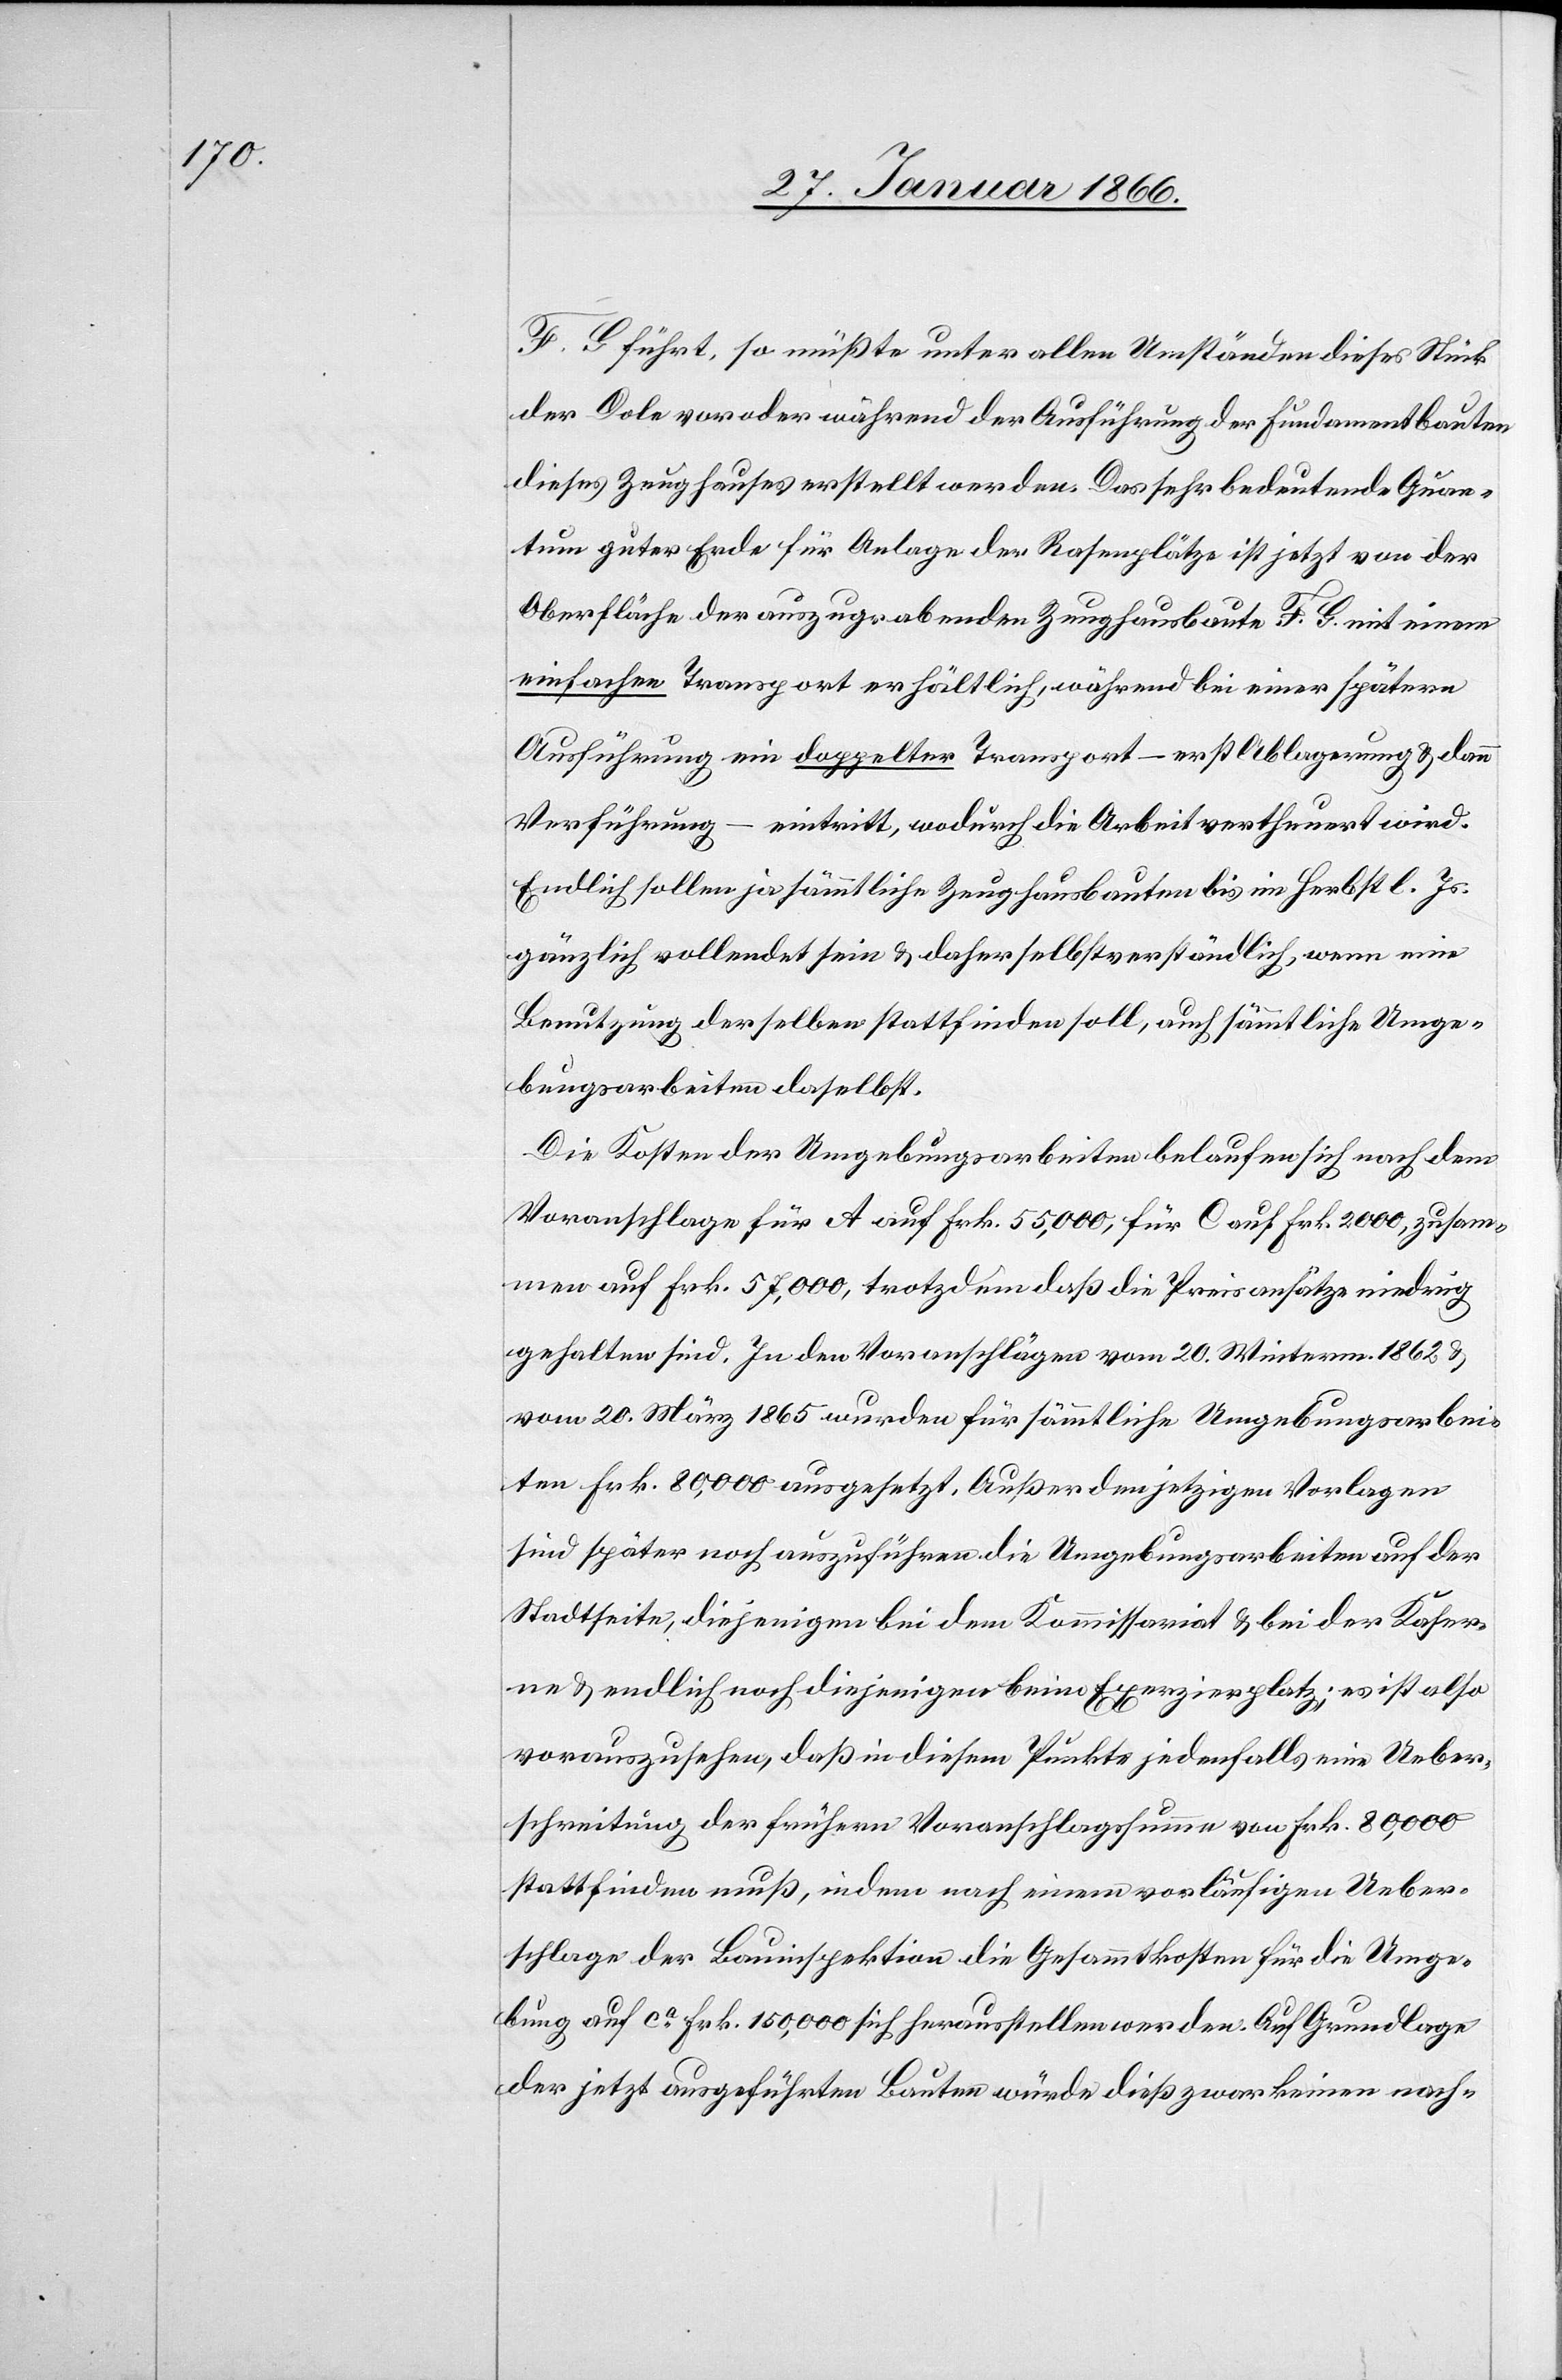
F. G. führt, so müßte unter allen Umständen dieses Stück
der Dole vor oder während der Ausführung der Fundamentbauten
dieses Zeughauses erstellt werden. Das sehr bedeutende Quan¬
tum guter Erde für Anlage der Rasenplätze ist jetzt von der
Oberfläche der auszugrabenden Zeughausbaute F. G. mit einem
einfachen Transport erhältlich, während bei einer spätern
Ausführung ein doppelter Transport – erst Ablagerung u. dann
Verführung – eintritt, wodurch die Arbeit vertheuert wird.
Endlich sollen ja sämmtliche Zeughausbauten bis im Herbst l. Js.
gänzlich vollendet sein u. daher selbstverständlich, wenn eine
Benutzung derselben stattfinden soll, auch sämmtliche Umge¬
bunsarbeiten auf ca.
Die Kosten der Umgebungsarbeiten belaufen sich nach dem
Voranschlage für A auf Frk. 55,000, für C auf Frk. 2000, zusam¬
men auf Fr. 57,000, trotzdem daß die Preisansätze niedrig
gehalten sind. In den Voranschlägen vom 20. Winterm. 1862 u.
vom 20. März 1865 wurden für sämmtliche Umgebungsarbei¬
ten Frk. 80,000 ausgesetzt. Außer den jetzigen Vorlagen
sind später noch auszuführen: die Umgebungsarbeiten auf der
Stadtseite, diejenigen bei dem Kommissariat u. bei der Kaser¬
ne u. endlich noch diejenigen beim Exerzierplatz; es ist also
vorauszusehen, daß in diesem Punkte jedenfalls eine Ueber¬
schreitung der frühern Voranschlagssumme von Frk. 80,000
stattfinden muß, indem nach einem vorläufigen Ueber¬
schlage der Bauinspektion die Gesammtkosten für die Umge¬
der jetzt ausgeführten Bauten würde dieß zwar keinen nach-